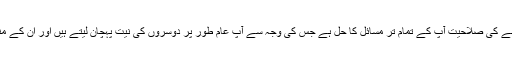
آج آپ کے ستارے یہ کہہ رہے ہیں کہ آج آپ کی گفتگو کرنے کی صلاحیت آپ کے تمام تر مسائل کا حل ہے جس کی وجہ سے آپ عام طور پر دوسروں کی نیت پہچان لیتے ہیں اور ان کے منصوبوں میں آگاہی حاصل کرنے میں بھی کامیاب رہتے ہیں۔